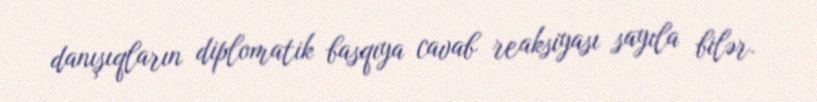
danışıqların diplomatik basqıya cavab reaksiyası sayıla bilər.